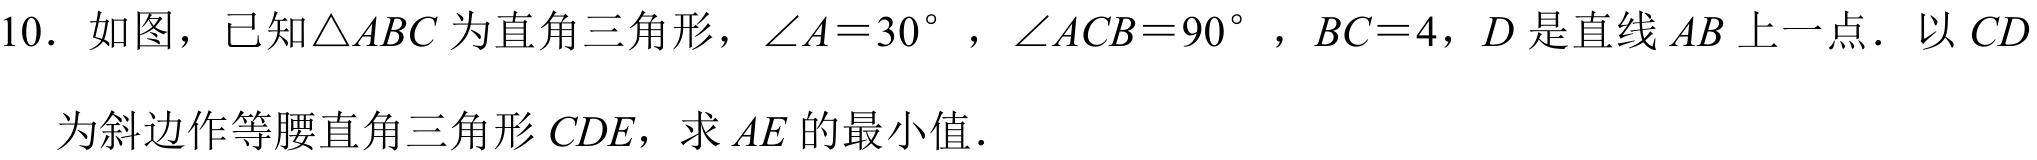
10. 如图，已知\(\triangle ABC\)为直角三角形，\(\angle A = 30^{\circ}\)，\(\angle ACB = 90^{\circ}\)，\(BC = 4\)，\(D\)是直线\(AB\)上一点．以\(CD\)
为斜边作等腰直角三角形\(CDE\)，求\(AE\)的最小值．